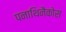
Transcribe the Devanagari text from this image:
पनाथिनैकोस